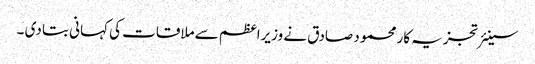
سینئر تجزیہ کار محمود صادق نے وزیراعظم سے ملاقات کی کہانی بتا دی ۔